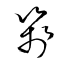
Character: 箋